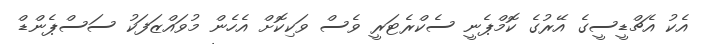
އެކު އެޗްޑީސީގެ އޭރުގެ ކޮމްޕެނީ ސެކްރެޓަރީ ވެސް ވަކިކޮށް އެހެން މުވައްޒަފަކު ސަސްޕެންޑް